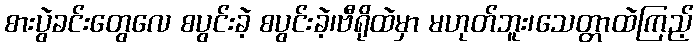
စားပွဲခင်းတွေလေ စပွင်းခဲ့ စပွင်းခဲ့၊ဗီရိုထဲမှာ မဟုတ်ဘူး၊သေတ္တာထဲကြည့်